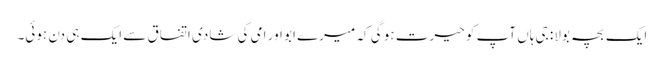
ایک بچہ بولا: جی ہاں آپ کو حیرت ہو گی کہ میرے ابو اور امی کی شادی اتفاق سے ایک ہی دن ہوئی۔